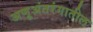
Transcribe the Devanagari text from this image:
अणूअंतरंगातील